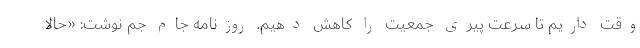
وقت داریم تا سرعت پیری جمعیت را کاهش دهیم. روزنامه جام جم نوشت: «حالا